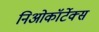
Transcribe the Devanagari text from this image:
निओकॉर्टेक्स